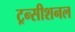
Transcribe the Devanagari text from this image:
ट्रन्सीशनल